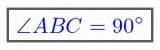
\angle ABC=90^\circ